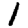
Digit: 1